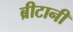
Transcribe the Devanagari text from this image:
ब्रीटानी